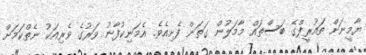
ޔާމީނަށް ތައުރީފްގެ ބަސްތައް މާމަލުން ގަތަން ފެށިއެވެ. އެމަނިކުފާނު ވަރުގެ ވެރިއަކު ނެތްކަމަށް